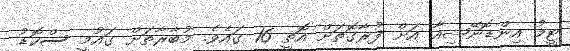
ޓީމު އިންޑޮނޭޝިއާ އަށް ފުރާގޮތަށް އޮތީ 16 ގައެވެ. މުބާރާތަށް ގައުމީ ސްކޮޑު